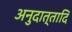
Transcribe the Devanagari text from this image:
अनुदात्तादि